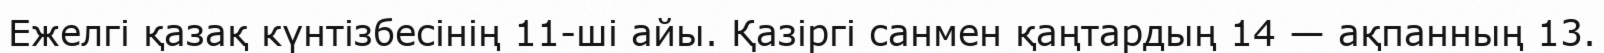
Ежелгі қазақ күнтізбесінің 11-ші айы. Қазіргі санмен қаңтардың 14 — ақпанның 13.